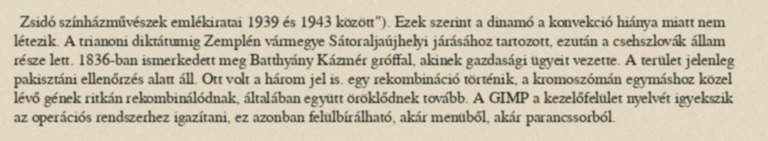
Zsidó színházművészek emlékiratai 1939 és 1943 között"). Ezek szerint a dinamó a konvekció hiánya miatt nem létezik. A trianoni diktátumig Zemplén vármegye Sátoraljaújhelyi járásához tartozott, ezután a csehszlovák állam része lett. 1836-ban ismerkedett meg Batthyány Kázmér gróffal, akinek gazdasági ügyeit vezette. A terület jelenleg pakisztáni ellenőrzés alatt áll. Ott volt a három jel is. egy rekombináció történik, a kromoszómán egymáshoz közel lévő gének ritkán rekombinálódnak, általában együtt öröklődnek tovább. A GIMP a kezelőfelület nyelvét igyekszik az operációs rendszerhez igazítani, ez azonban felülbírálható, akár menüből, akár parancssorból.